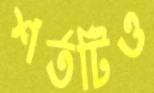
শর্তটিও